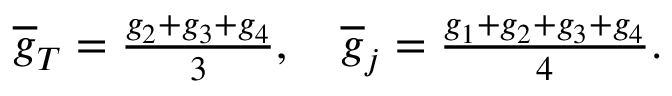
\begin{array} { r } { \overline { { g } } _ { T } = \frac { g _ { 2 } + g _ { 3 } + g _ { 4 } } { 3 } , \quad \overline { { g } } _ { j } = \frac { g _ { 1 } + g _ { 2 } + g _ { 3 } + g _ { 4 } } { 4 } . } \end{array}